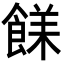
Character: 𩜣